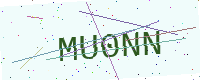
Text: MU0NN